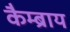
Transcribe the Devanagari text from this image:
कैम्ब्राय